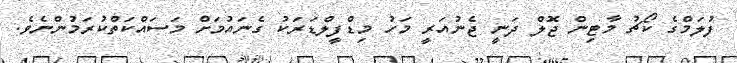
ފުލަމްގެ ކޯޗު މާޓިން ޖޮލް ދަނީ ޖެނުއަރީ މަހު މިޑްފީލްޑަރަކު ގެނައުމަށް މަސައްކަތްކުރަމުންނެވެ.